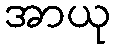
အာယု